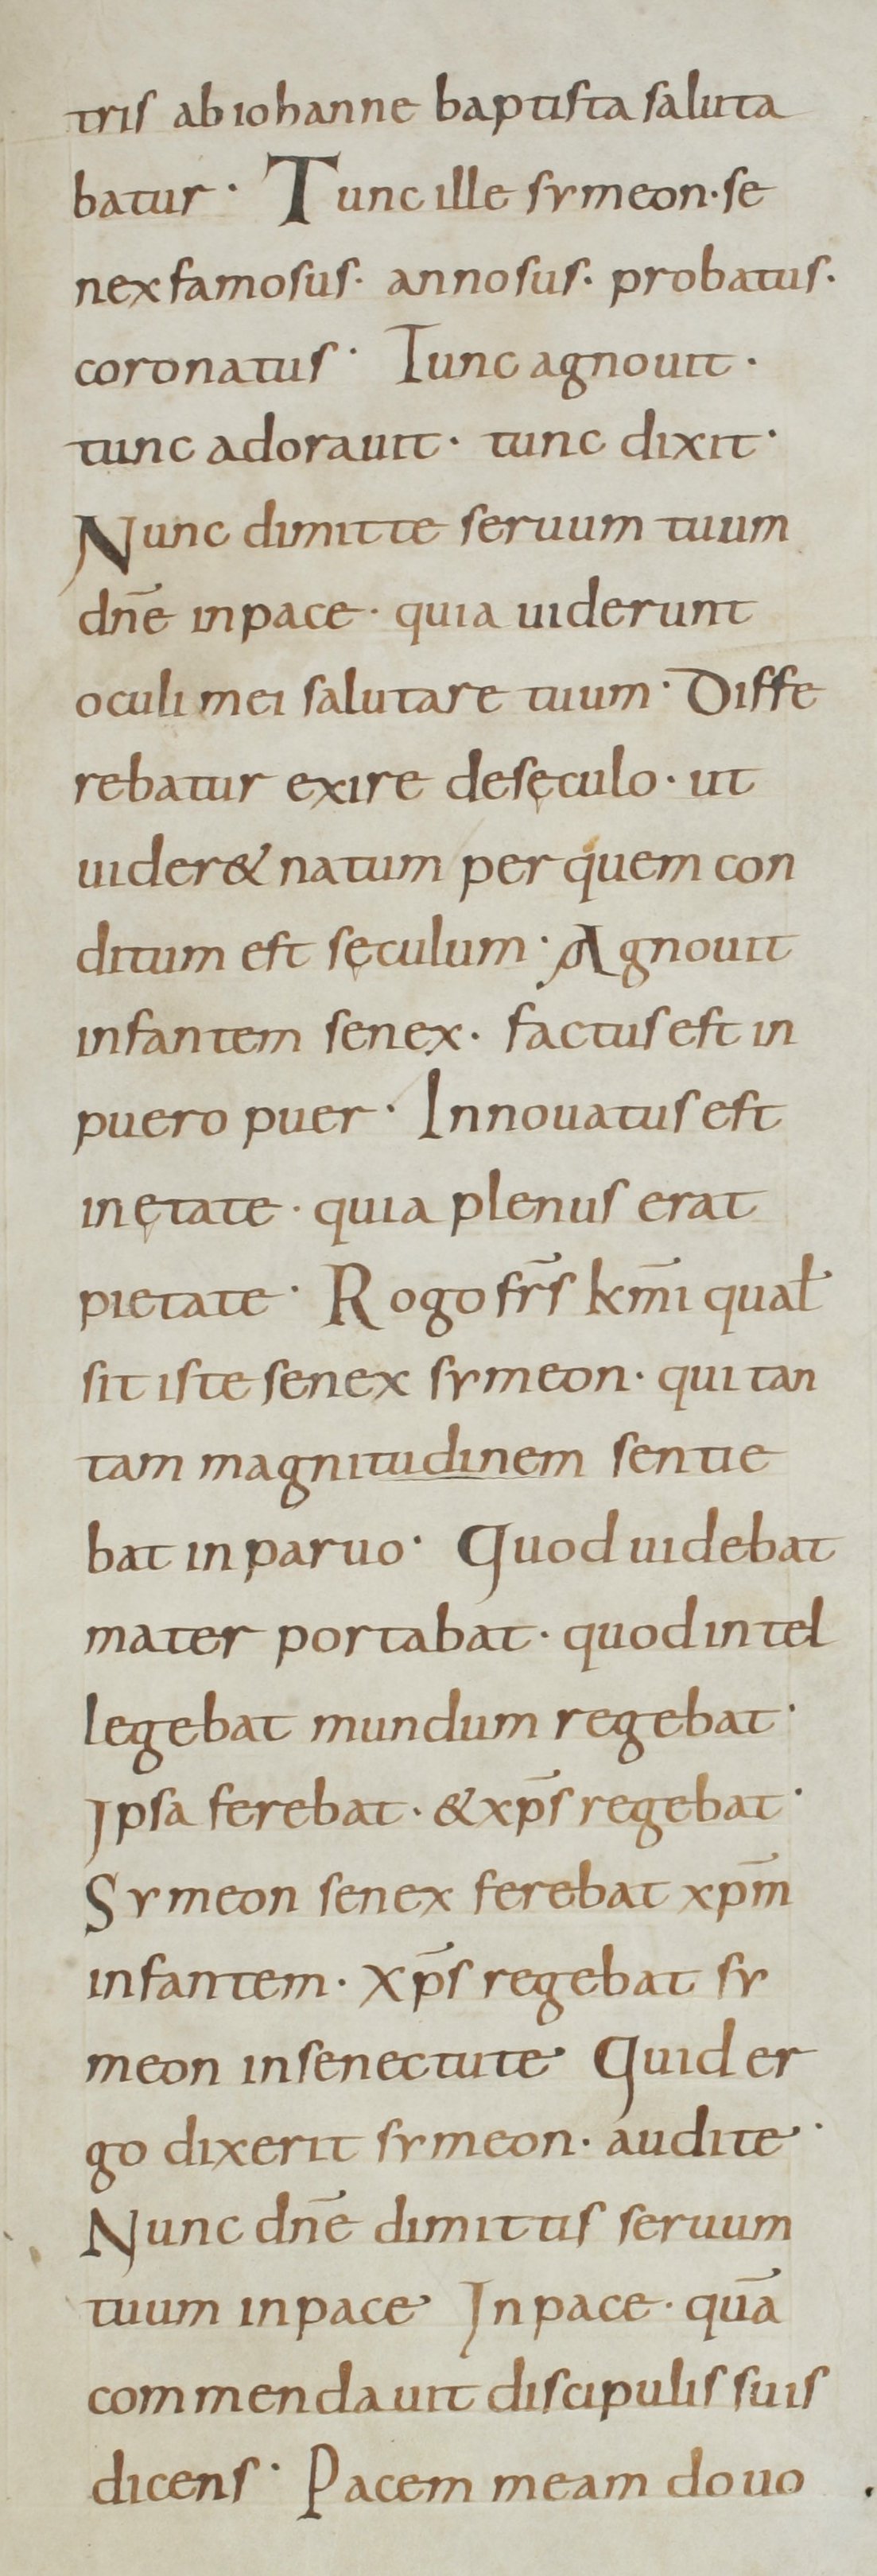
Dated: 800–899